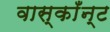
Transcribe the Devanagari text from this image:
वास्काँन्ट